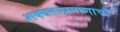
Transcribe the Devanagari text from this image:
शक्यताप्रमाणाचा